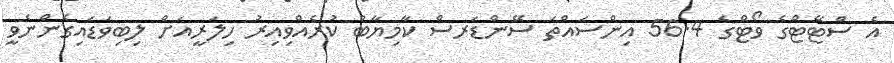
އެ ސްޓޭޓްގެ ވޯޓްގެ 56.4 އިންސައްތަ ސޭންޑަރސް ކާމިޔާބު ކުރެއްވިއިރު ހިލަރީއަށް ލިބިވަޑައިގެންނެވީ